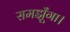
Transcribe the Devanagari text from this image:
समझूँगा।